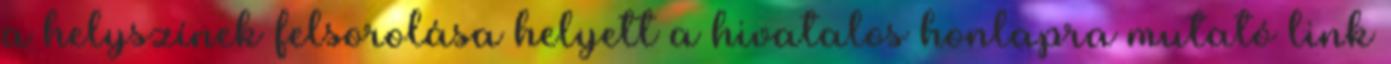
a helyszínek felsorolása helyett a hivatalos honlapra mutató link